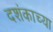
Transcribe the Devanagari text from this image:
दशंकाच्या